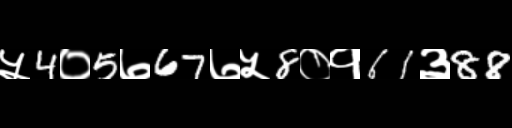
Text: ५4०5७67७५8०१61३88